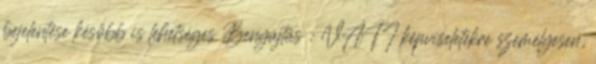
bejelentése később is lehetséges Benyújtás : VÁTI képviseletekre személyesen,